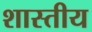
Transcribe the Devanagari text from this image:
शास्तीय